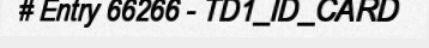
# Entry 66266 - TD1_ID_CARD